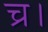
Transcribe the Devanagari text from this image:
च्र।